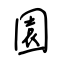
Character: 園